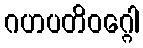
ဂဟပတိဝဂ္ဂေါ